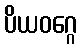
ပိယဝဂ္ဂေ